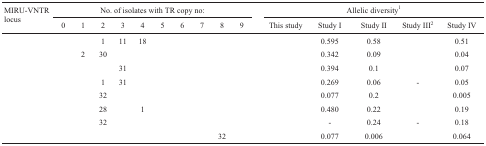
<table><thead><tr><td rowspan="3"><b>MIRU-VNTR locus</b></td><td colspan="10"><b>No. of isolates with TRcopy no:</b></td><td colspan="5"><b>Allelic diversity1</b></td></tr><tr><td><b>0</b></td><td><b>1</b></td><td><b>2</b></td><td><b>3</b></td><td><b>4</b></td><td><b>5</b></td><td><b>6</b></td><td><b>7</b></td><td><b>8</b></td><td><b>9</b></td><td><b>This study</b></td><td><b>Study I</b></td><td><b>Study II</b></td><td><b>Study III2</b></td><td><b>Study IV</b></td></tr></thead><tbody><tr><td>[EMPTY_CELL]</td><td>[EMPTY_CELL]</td><td>[EMPTY_CELL]</td><td>1</td><td>11</td><td>18</td><td>[EMPTY_CELL]</td><td>[EMPTY_CELL]</td><td>[EMPTY_CELL]</td><td>[EMPTY_CELL]</td><td>[EMPTY_CELL]</td><td>[EMPTY_CELL]</td><td>0.595</td><td>0.58</td><td>[EMPTY_CELL]</td><td>0.51</td></tr><tr><td>[EMPTY_CELL]</td><td>[EMPTY_CELL]</td><td>2</td><td>30</td><td>[EMPTY_CELL]</td><td>[EMPTY_CELL]</td><td>[EMPTY_CELL]</td><td>[EMPTY_CELL]</td><td>[EMPTY_CELL]</td><td>[EMPTY_CELL]</td><td>[EMPTY_CELL]</td><td>[EMPTY_CELL]</td><td>0.342</td><td>0.09</td><td>[EMPTY_CELL]</td><td>0.04</td></tr><tr><td>[EMPTY_CELL]</td><td>[EMPTY_CELL]</td><td>[EMPTY_CELL]</td><td>[EMPTY_CELL]</td><td>31</td><td>[EMPTY_CELL]</td><td>[EMPTY_CELL]</td><td>[EMPTY_CELL]</td><td>[EMPTY_CELL]</td><td>[EMPTY_CELL]</td><td>[EMPTY_CELL]</td><td>[EMPTY_CELL]</td><td>0.394</td><td>0.1</td><td>[EMPTY_CELL]</td><td>0.07</td></tr><tr><td>[EMPTY_CELL]</td><td>[EMPTY_CELL]</td><td>[EMPTY_CELL]</td><td>1</td><td>31</td><td>[EMPTY_CELL]</td><td>[EMPTY_CELL]</td><td>[EMPTY_CELL]</td><td>[EMPTY_CELL]</td><td>[EMPTY_CELL]</td><td>[EMPTY_CELL]</td><td>[EMPTY_CELL]</td><td>0.269</td><td>0.06</td><td>-</td><td>0.05</td></tr><tr><td>[EMPTY_CELL]</td><td>[EMPTY_CELL]</td><td>[EMPTY_CELL]</td><td>32</td><td>[EMPTY_CELL]</td><td>[EMPTY_CELL]</td><td>[EMPTY_CELL]</td><td>[EMPTY_CELL]</td><td>[EMPTY_CELL]</td><td>[EMPTY_CELL]</td><td>[EMPTY_CELL]</td><td>[EMPTY_CELL]</td><td>0.077</td><td>0.2</td><td>[EMPTY_CELL]</td><td>0.005</td></tr><tr><td>[EMPTY_CELL]</td><td>[EMPTY_CELL]</td><td>[EMPTY_CELL]</td><td>28</td><td>[EMPTY_CELL]</td><td>1</td><td>[EMPTY_CELL]</td><td>[EMPTY_CELL]</td><td>[EMPTY_CELL]</td><td>[EMPTY_CELL]</td><td>[EMPTY_CELL]</td><td>[EMPTY_CELL]</td><td>0.480</td><td>0.22</td><td>[EMPTY_CELL]</td><td>0.19</td></tr><tr><td>[EMPTY_CELL]</td><td>[EMPTY_CELL]</td><td>[EMPTY_CELL]</td><td>32</td><td>[EMPTY_CELL]</td><td>[EMPTY_CELL]</td><td>[EMPTY_CELL]</td><td>[EMPTY_CELL]</td><td>[EMPTY_CELL]</td><td>[EMPTY_CELL]</td><td>[EMPTY_CELL]</td><td>[EMPTY_CELL]</td><td>-</td><td>0.24</td><td>-</td><td>0.18</td></tr><tr><td>[EMPTY_CELL]</td><td>[EMPTY_CELL]</td><td>[EMPTY_CELL]</td><td>[EMPTY_CELL]</td><td>[EMPTY_CELL]</td><td>[EMPTY_CELL]</td><td>[EMPTY_CELL]</td><td>[EMPTY_CELL]</td><td>[EMPTY_CELL]</td><td>32</td><td>[EMPTY_CELL]</td><td>[EMPTY_CELL]</td><td>0.077</td><td>0.006</td><td>[EMPTY_CELL]</td><td>0.064</td></tr></tbody></table>